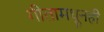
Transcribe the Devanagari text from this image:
गीतामधूनही